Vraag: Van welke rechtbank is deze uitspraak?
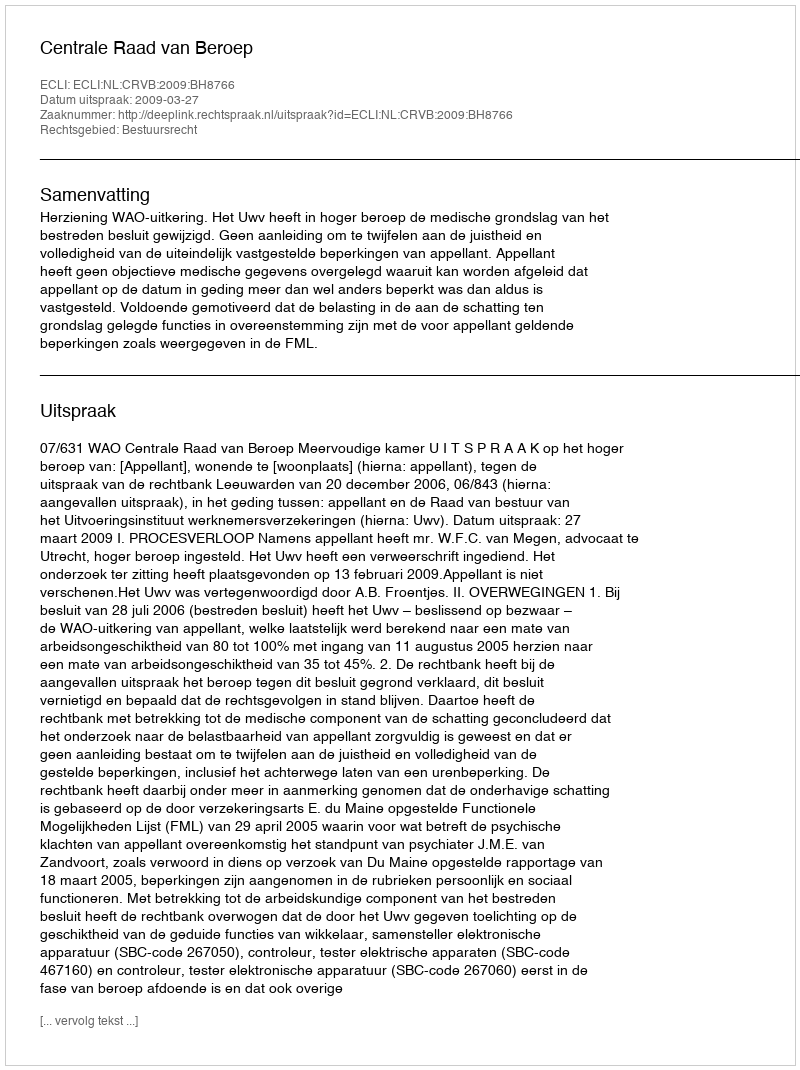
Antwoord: Centrale Raad van Beroep